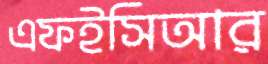
এফইসিআর